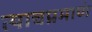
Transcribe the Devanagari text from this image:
त्याचप्रमाणं